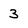
Character: 3